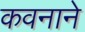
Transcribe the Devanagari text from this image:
कवनाने